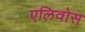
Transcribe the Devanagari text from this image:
एलिवोस